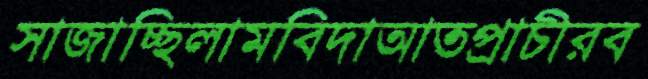
সাজাচ্ছিলামবিদাআতপ্রাচীরব